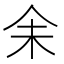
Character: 𪜬